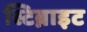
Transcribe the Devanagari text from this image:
स्टिब्नाइट